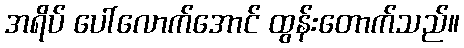
အရိပ် ပေါ်လောက်အောင် ထွန်းတောက်သည်။